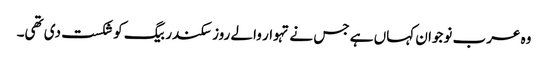
وہ عرب نوجوان کہاں ہے جس نے تہوار والے روز سکندر بیگ کو شکست دی تھی۔